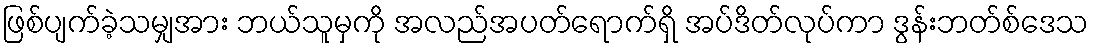
ဖြစ်ပျက်ခဲ့သမျှအား ဘယ်သူမှကို အလည်အပတ်ရောက်ရှိ အပ်ဒိတ်လုပ်ကာ ဒွန်းဘတ်စ်ဒေသ